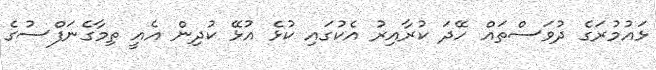
ޅައުމުރަގެ ދުވަސްތައް ހޭދަ ކުރާއިރު އެކުގައި ކުޅެ އުޅޭ ކުދިން އެއީ ތިމާގެނަފްސުގެ